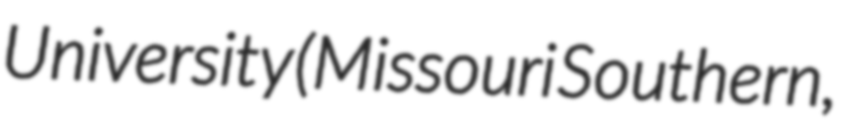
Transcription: University (Missouri Southern,